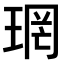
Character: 𪻫